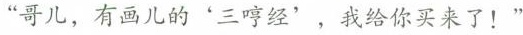
“哥儿，有画儿的'三哼经'，我给你买来了！”